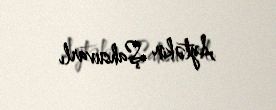
Aytəkin Şahsuvarlı